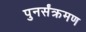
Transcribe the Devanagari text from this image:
पुनर्संक्रमण